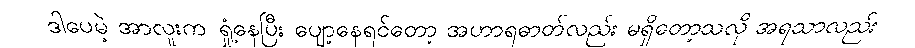
ဒါပေမဲ့ အာလူးက ရှုံ့နေပြီး ပျော့နေရင်တော့ အဟာရဓာတ်လည်း မရှိတော့သလို အရသာလည်း